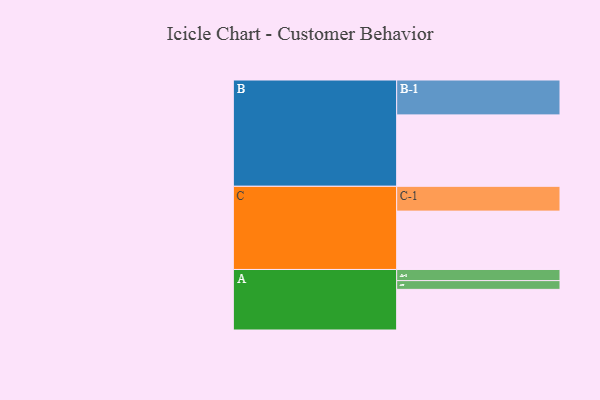
{"axis": {"x": "Segment", "y": "Value"}, "legend": ["", "A", "B", "C"], "data": [{"x": "A", "y": 339, "type": ""}, {"x": "B", "y": 596, "type": ""}, {"x": "C", "y": 487, "type": ""}, {"x": "A-1", "y": 93, "type": "A"}, {"x": "A-2", "y": 73, "type": "A"}, {"x": "B-1", "y": 291, "type": "B"}, {"x": "C-1", "y": 207, "type": "C"}]}